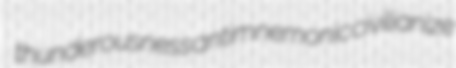
thunderousness antimnemonic civilianize